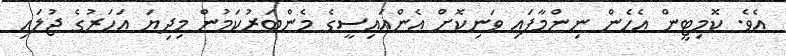
އެވެ. ކޮމިޓީން އެހެން ނިންމާފައި ވަނިކޮށް އެންއައިސީގެ މެންބަރުކަމުން މިދިޔަ އަހަރުގެ ޖުލައި